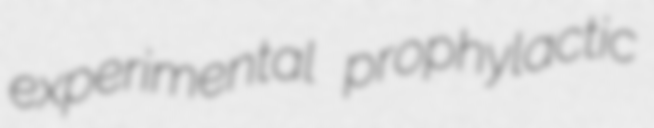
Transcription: experimental prophylactic